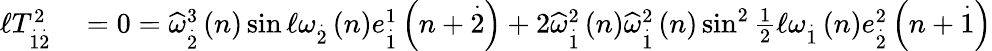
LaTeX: \begin{array}{rl}{\mathcal{\ell}T_{\overset{.}{1}\overset{.}{2}}^{2}}&{{}=0=\widehat{\omega}_{\overset{.}{2}}^{3}\left(n\right)\sin\mathcal{\ell}\omega_{\overset{.}{2}}\left(n\right)e_{\overset{.}{1}}^{1}\left(n+\overset{.}{2}\right)+2\widehat{\omega}_{\overset{.}{1}}^{2}\left(n\right)\widehat{\omega}_{\overset{.}{1}}^{2}\left(n\right)\sin^{2}\frac{1}{2}\mathcal{\ell}\omega_{\overset{.}{1}}\left(n\right)e_{\overset{.}{2}}^{2}\left(n+\overset{.}{1}\right)}\end{array}